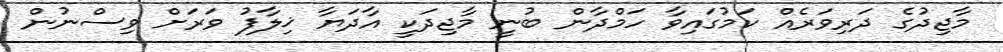
މާޖިދުގެ ދަރިވަރެއް ކަމުގައިވާ ހަމްދާން ބުނީ މާޖިދަކީ އާދަޔާ ޚިލާފު ވަރަށް ވިސްނުން